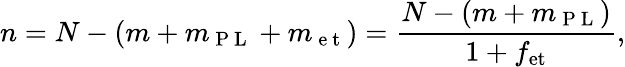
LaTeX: n=N-(m+m_{\mathrm{~P~L~}}+m_{\mathrm{~e~t~}})=\frac{N-(m+m_{\mathrm{~P~L~}})}{1+f_{\mathrm{et}}},